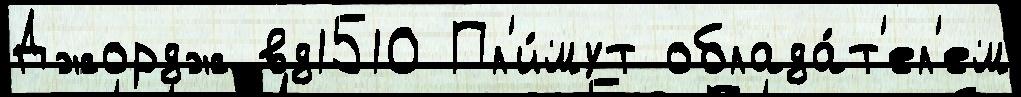
Джордж вд1510 Пл'и́мут облада́т'ел'ем